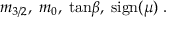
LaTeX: m _ { 3 / 2 } , \; m _ { 0 } , \; \mathrm { t a n } \beta , \; \mathrm { s i g n } ( \mu ) \; .